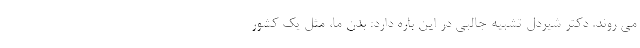
می روند. دکتر شیردل تشبیه جالبی در این باره دارد: بدن ما، مثل یک کشور